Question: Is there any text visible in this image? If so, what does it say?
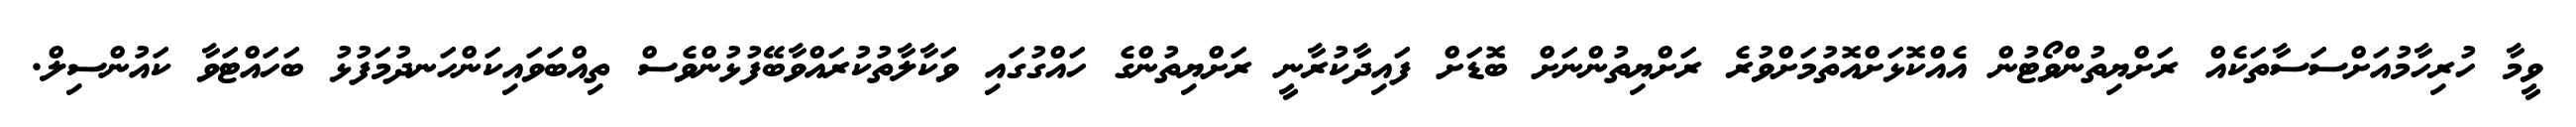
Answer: ވީމާ ހުރިހާމުއަށްސަސާތަކެއް ރަށްޔިތުންވޯޓުން އެއްކޮޅަށްއޮތުމަށްވުރެ ރަށްޔިތުންނަށް ބޮޑަށް ފައިދާކުރާނީ ރަށްޔިތުންގެ ހައްގުގައި ވަކާލާތުކުރައްވާބޭފުޅުންވެސް ތިއްބަވައިކަންހަނދުމަފުޅު ބަހައްޓަވާ ކައުންސިލް.